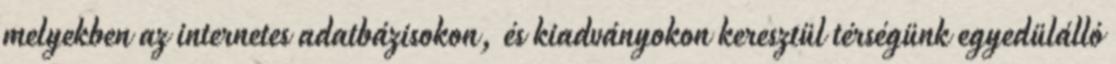
melyekben az internetes adatbázisokon, és kiadványokon keresztül térségünk egyedülálló